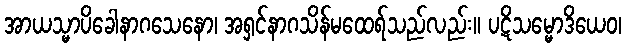
အာယသ္မာပိခေါနာဂသေနော၊ အရှင်နာဂသိန်မထေရ်သည်လည်း။ ပဋိသမ္မောဒိယေဝ၊